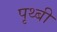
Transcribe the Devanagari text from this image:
पृथ्बी